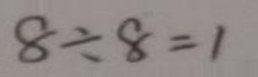
8 \div 8 = 1